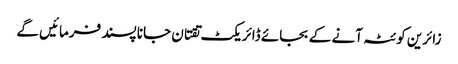
زائرین کوئٹہ آنے کے بجائے ڈائریکٹ تقتان جانا پسند فرمائیں گے